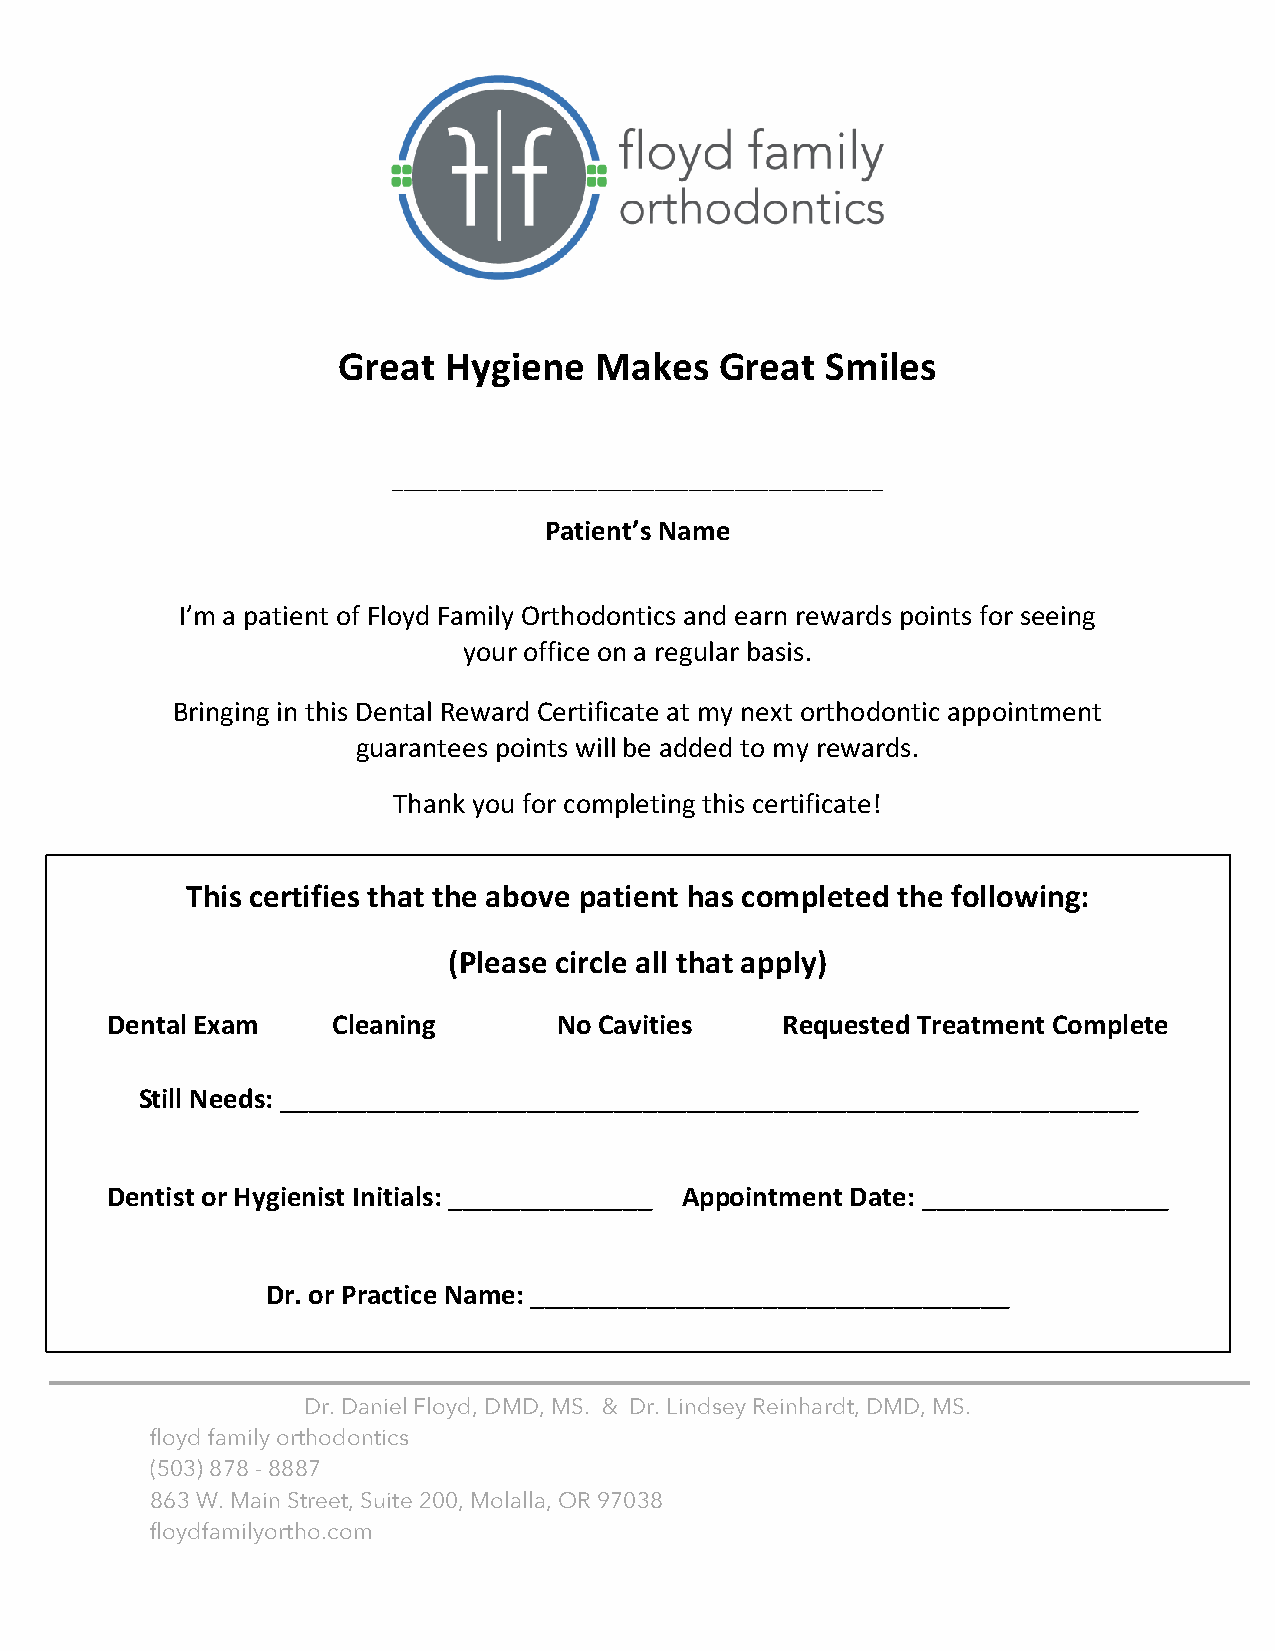
Great  Hygiene   Makes    Great  Smiles
 ___________________________________________
 Patient’s Name
 I’m a patient of Floyd Family Orthodontics and earn rewards points for seeing
 your office on a regular basis.
 Bringing in this Dental Reward Certificate at my next orthodontic appointment
 guarantees points will be added to my rewards.
 Thank you for completing this certificate!
 This certifies that the above patient has completed the following:
 (Please circle all that apply)
 Dental Exam    Cleaning       No Cavities    Requested Treatment Complete
 Still Needs: ___________________________________________________________
 Dentist or Hygienist Initials: ______________ Appointment Date: _________________
 Dr. or Practice Name: _________________________________
 Transforming lives. Building confidence. Serving well.
 Dr. Daniel Floyd, DMD, MS. & Dr. Lindsey Reinhardt, DMD, MS.
 floyd family orthodontics
 (503) 878 - 8887
 863 W. Main Street, Suite 200, Molalla, OR 97038
 floydfamilyortho.com